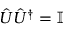
\hat { U } \hat { U } ^ { \dag } = \mathbb { I }